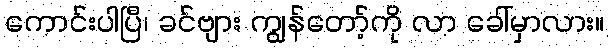
ကောင်းပါပြီ၊ ခင်ဗျား ကျွန်တော့်ကို လာ ခေါ်မှာလား။